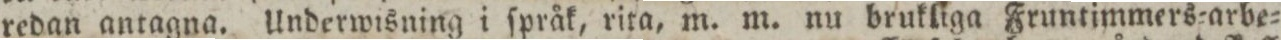
redan antagna. Underwisning i ſpråk, rita, m. m. nu brukliga Fruntimmers=arbe=